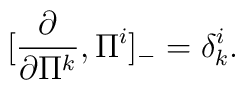
[\frac{\partial}{\partial \Pi^k},\Pi^i]_-=\delta^i_k.